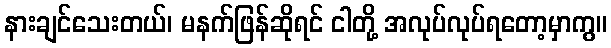
နားချင်သေးတယ်၊ မနက်ဖြန်ဆိုရင် ငါတို့ အလုပ်လုပ်ရတော့မှာကွ။